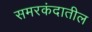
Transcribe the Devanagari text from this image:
समरकंदातील